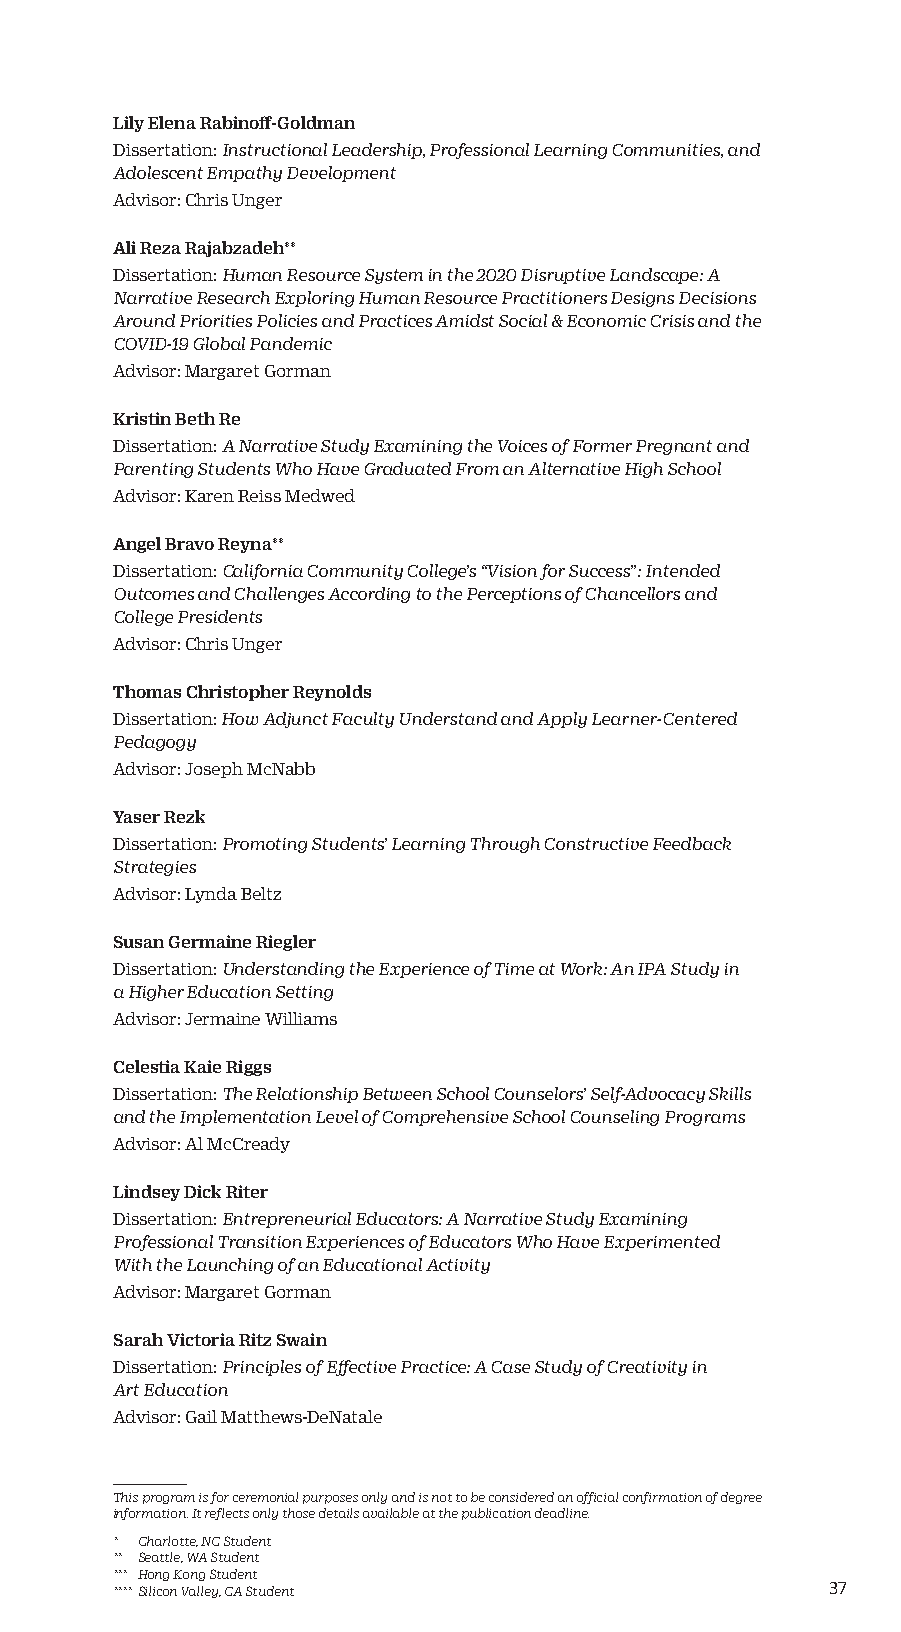
Lily Elena Rabinoff-Goldman
 Dissertation: Instructional Leadership, Professional Learning Communities, and
 Adolescent Empathy Development
 Advisor: Chris Unger
 Ali Reza Rajabzadeh**
 Dissertation: Human Resource System in the 2020 Disruptive Landscape: A
 Narrative Research Exploring Human Resource Practitioners Designs Decisions
 Around Priorities Policies and Practices Amidst Social & Economic Crisis and the
 COVID-19 Global Pandemic
 Advisor: Margaret Gorman
 Kristin Beth Re
 Dissertation: A Narrative Study Examining the Voices of Former Pregnant and
 Parenting Students Who Have Graduated From an Alternative High School
 Advisor: Karen Reiss Medwed
 Angel Bravo Reyna**
 Dissertation: California Community College’s “Vision for Success”: Intended
 Outcomes and Challenges According to the Perceptions of Chancellors and
 College Presidents
 Advisor: Chris Unger
 Thomas Christopher Reynolds
 Dissertation: How Adjunct Faculty Understand and Apply Learner-Centered
 Pedagogy
 Advisor: Joseph McNabb
 Yaser Rezk
 Dissertation: Promoting Students’ Learning Through Constructive Feedback
 Strategies
 Advisor: Lynda Beltz
 Susan Germaine Riegler
 Dissertation: Understanding the Experience of Time at Work: An IPA Study in
 a Higher Education Setting
 Advisor: Jermaine Williams
 Celestia Kaie Riggs
 Dissertation: The Relationship Between School Counselors’ Self-Advocacy Skills
 and the Implementation Level of Comprehensive School Counseling Programs
 Advisor: Al McCready
 Lindsey Dick Riter
 Dissertation: Entrepreneurial Educators: A Narrative Study Examining
 Professional Transition Experiences of Educators Who Have Experimented
 With the Launching of an Educational Activity
 Advisor: Margaret Gorman
 Sarah Victoria Ritz Swain
 Dissertation: Principles of Effective Practice: A Case Study of Creativity in
 Art Education
 Advisor: Gail Matthews-DeNatale
 This program is for ceremonial purposes only and is not to be considered an official confirmation of degree
 information. It reflects only those details available at the publication deadline.
 * Charlotte, NC Student
 ** Seattle, WA Student
 *** Hong Kong Student
 **** Silicon Valley, CA Student                 37